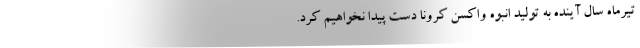
تیرماه سال آینده به تولید انبوه واکسن کرونا دست پیدا نخواهیم کرد.